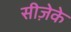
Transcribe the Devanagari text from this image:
सीज़ेके